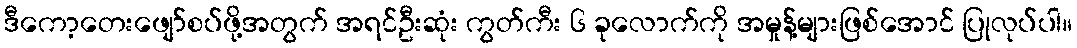
ဒီကော့တေးဖျော်စပ်ဖို့အတွက် အရင်ဦးဆုံး ကွတ်ကီး ၆ ခုလောက်ကို အမှုန့်များဖြစ်အောင် ပြုလုပ်ပါ။